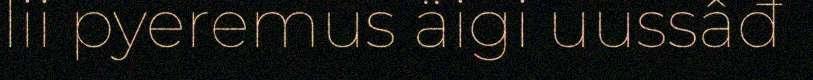
lii pyeremus äigi uussâđ